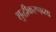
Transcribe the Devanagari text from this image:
शुद्धीकरणच्या